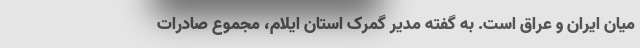
میان ایران و عراق است. به گفته مدیر گمرک استان ایلام، مجموع صادرات